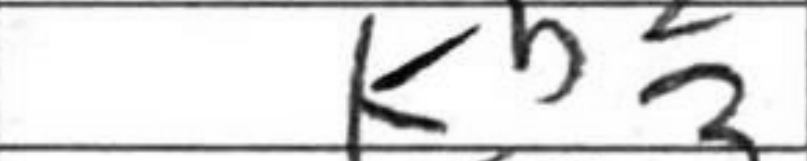
Transcription: Kb2